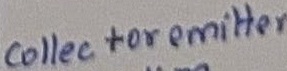
Text: Collector emitter